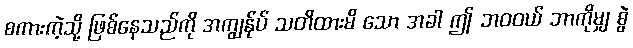
စကားကဲ့သို့ ဖြစ်နေသည်ကို အကျွန်ုပ် သတိထားမိ သော အခါ ဤ ဘဝဝယ် ဘာကိုမျှ စွဲ